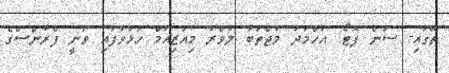
ތޭގައި- ސަން ފޮޓޯ: އަހްމަދު މުޖްތަބާ ލުވްރު މިއުޒިއަމް ހުޅުވާފައި ވަނީ ފްރާންސްގެ